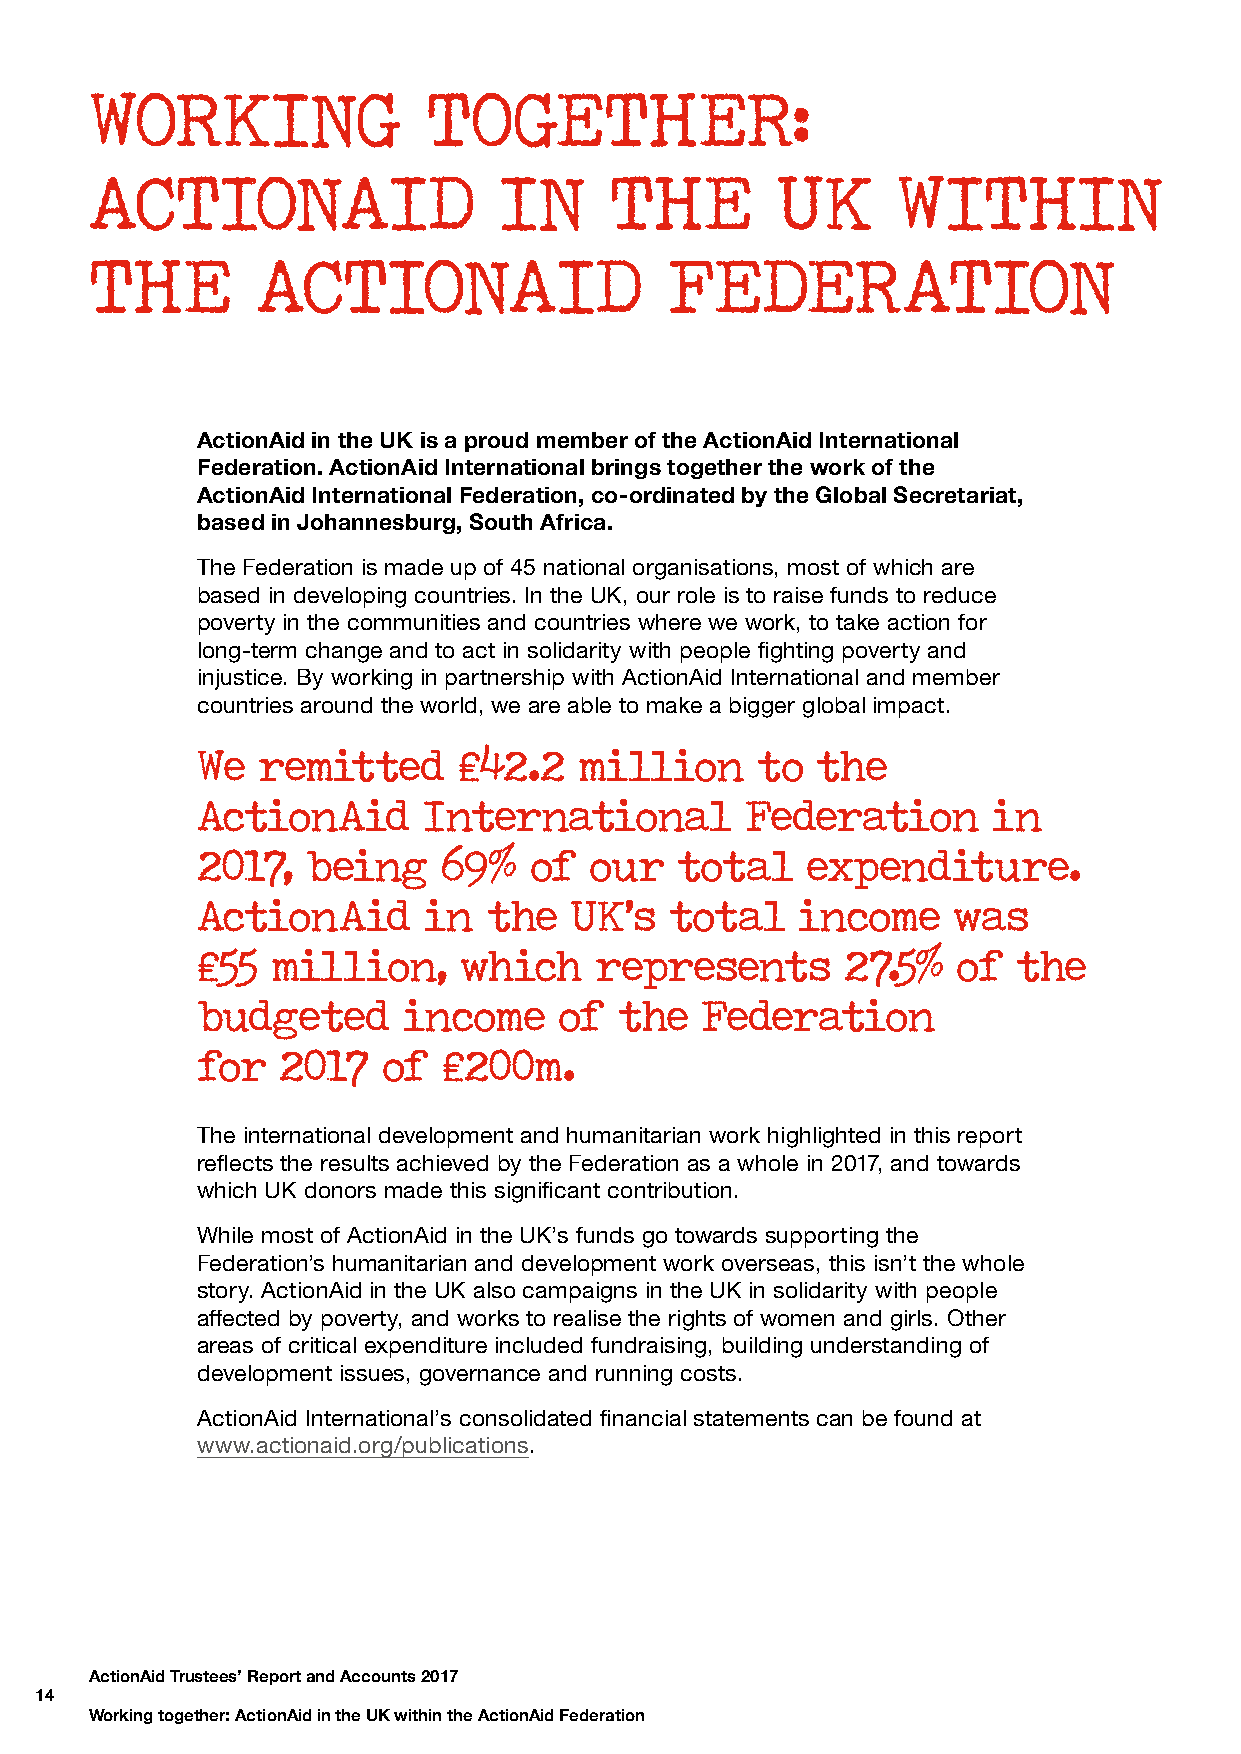
WORKING               TOGETHER:
 ACTIONAID                  IN     THE        UK      WITHIN
 THE        ACTIONAID                  FEDERATION
 ActionAid in the UK is a proud member of the ActionAid International
 Federation. ActionAid International brings together the work of the
 ActionAid International Federation, co-ordinated by the Global Secretariat,
 based in Johannesburg, South Africa.
 The Federation is made up of 45 national organisations, most of which are
 based in developing countries. In the UK, our role is to raise funds to reduce
 poverty in the communities and countries where we work, to take action for
 long-term change and to act in solidarity with people fighting poverty and
 injustice. By working in partnership with ActionAid International and member
 countries around the world, we are able to make a bigger global impact.
 We  remitted     £42.2   million     to  the
 ActionAid      International        Federation       in
 2017,  being    69%   of  our   total   expenditure.
 ActionAid      in  the   UK’s  total    income    was
 £55  million,    which    represents       27.5%  of  the
 budgeted      income    of  the  Federation
 for  2017   of  £200m.
 The international development and humanitarian work highlighted in this report
 reflects the results achieved by the Federation as a whole in 2017, and towards
 which UK donors made this significant contribution.
 While most of ActionAid in the UK’s funds go towards supporting the
 Federation’s humanitarian and development work overseas, this isn’t the whole
 story. ActionAid in the UK also campaigns in the UK in solidarity with people
 affected by poverty, and works to realise the rights of women and girls. Other
 areas of critical expenditure included fundraising, building understanding of
 development issues, governance and running costs.
 ActionAid International’s consolidated financial statements can be found at
 www.actionaid.org/publications.
 ActionAid Trustees’ Report and Accounts 2017
 14
 Working together: ActionAid in the UK within the ActionAid Federation